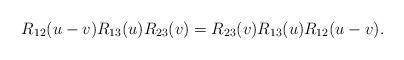
LaTeX: \begin{align*}R _{12} (u-v) R _{13} (u) R _{23} (v) =R _{23} (v) R _{13}(u) R _{12} (u-v).\end{align*}